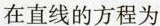
在直线的方程为